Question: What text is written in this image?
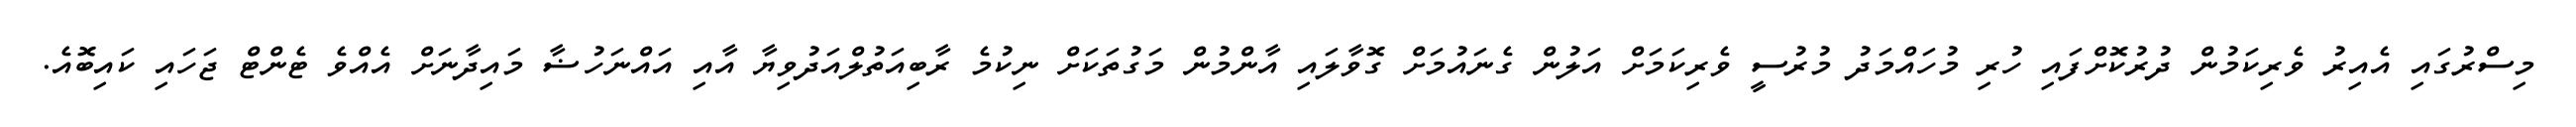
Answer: މިސްރުގައި އެއިރު ވެރިކަމުން ދުރުކޮށްފައި ހުރި މުހައްމަދު މުރުސީ ވެރިކަމަށް އަލުން ގެނައުމަށް ގޮވާލައި އާންމުން މަގުތަކަށް ނިކުމެ ރާބިއަތުލްއަދުވިޔާ އާއި އައްނަހުޟާ މައިދާނަށް އެއްވެ ޓެންޓް ޖަހައި ކައިބޮއެ.